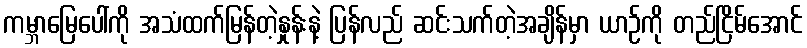
ကမ္ဘာမြေပေါ်ကို အသံထက်မြန်တဲ့နှုန်းနဲ့ ပြန်လည် ဆင်းသက်တဲ့အချိန်မှာ ယာဉ်ကို တည်ငြိမ်အောင်